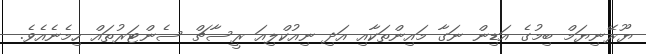
ޔޫރޭނިޔަމް ބިމުގެ އަޑިން ނަގާ މައިންތަކާއި އަދި ނިއުކްލިއަ ރީސާޗް ސެންޓަރުތައް ހިމެނެއެވެ.